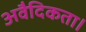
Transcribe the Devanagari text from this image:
अवैदिकता।